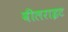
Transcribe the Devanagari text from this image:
वीलराइट